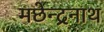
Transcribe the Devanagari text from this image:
मछेन्द्रनाथ